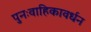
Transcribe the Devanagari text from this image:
पुनःवाहिकावर्धन